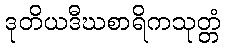
ဒုတိယဒီဃစာရိကသုတ္တံ